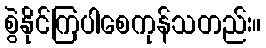
စွဲနိုင်ကြပါစေကုန်သတည်း။